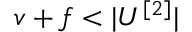
v + f < | U ^ { [ 2 ] } |